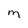
Character: M